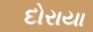
દોરાયા